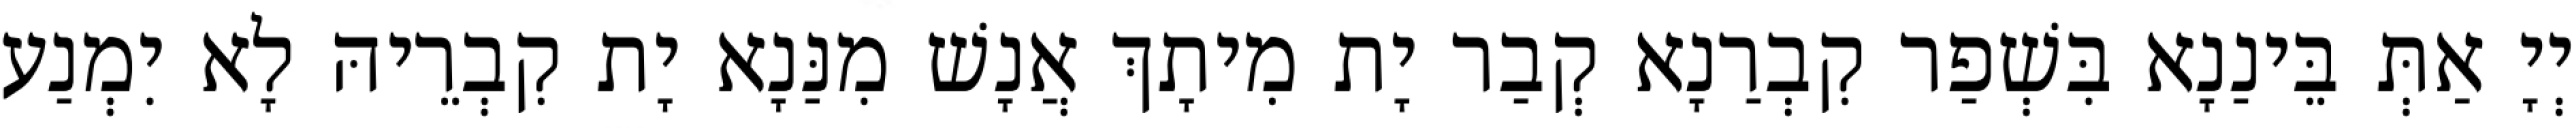
יְיָ אַתְּ בֵּינַנָא בִּשְׁפַר קִבְרַנָא קְבַר יָת מִיתָךְ אֲנָשׁ מִנַּנָא יָת קִבְרֵיהּ לָא יִמְנַע